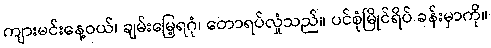
ကျားမင်းနေ့ဝယ်၊ ချမ်းမြေ့ရဂုံ၊ တောရပ်လှုံသည်။ ပင်စုံမြိုင်ရိပ် ခန်းမှာကို။